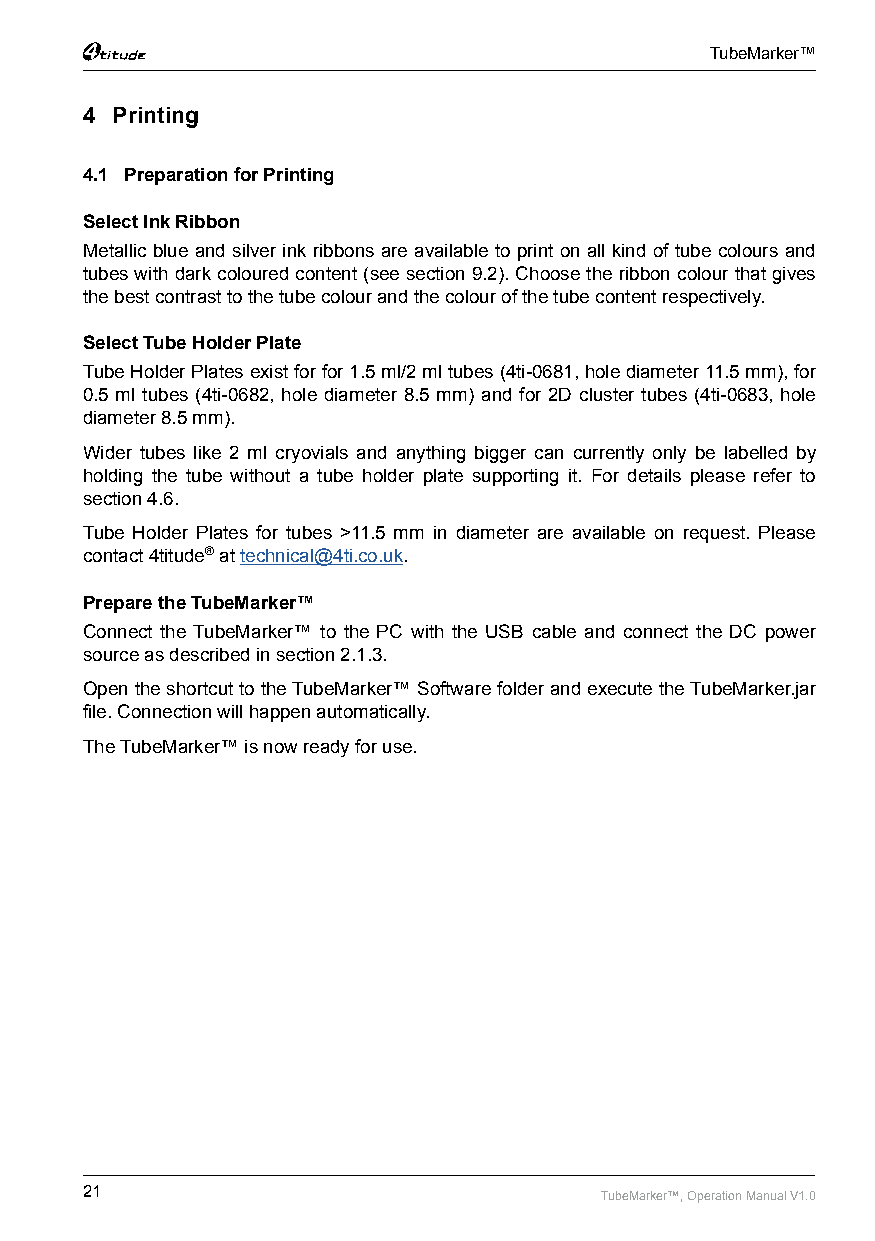
TubeMarker™
 4 Printing
 4.1 Preparation for Printing
 Select Ink Ribbon
 Metallic blue and silver ink ribbons are available to print on all kind of tube colours and
 tubes with dark coloured content (see section 9.2). Choose the ribbon colour that gives
 the best contrast to the tube colour and the colour of the tube content respectively.
 Select Tube Holder Plate
 Tube Holder Plates exist for for 1.5 ml/2 ml tubes (4ti-0681, hole diameter 11.5 mm), for
 0.5 ml tubes (4ti-0682, hole diameter 8.5 mm) and for 2D cluster tubes (4ti-0683, hole
 diameter 8.5 mm).
 Wider tubes like 2 ml cryovials and anything bigger can currently only be labelled by
 holding the tube without a tube holder plate supporting it. For details please refer to
 section 4.6.
 Tube Holder Plates for tubes >11.5 mm in diameter are available on request. Please
 contact 4titude® at technical@4ti.co.uk.
 Prepare the TubeMarker™
 Connect the TubeMarker™ to the PC with the USB cable and connect the DC power
 source as described in section 2.1.3.
 Open the shortcut to the TubeMarker™ Software folder and execute the TubeMarker.jar
 file. Connection will happen automatically.
 The TubeMarker™ is now ready for use.
 21                                 TubeMarker™, Operation Manual V1.0